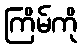
ကြိမ်ကို